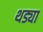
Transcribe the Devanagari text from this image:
थड्या